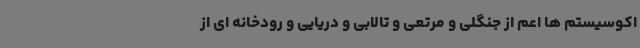
اکوسیستم ها اعم از جنگلی و مرتعی و تالابی و دریایی و رودخانه ای از